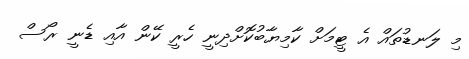
މި ލަނޑުތައް އެ ޓީމަށް ކާމިޔާބުކޮށްދިނީ ހެރީ ކޭން އާއި ޑެނީ ރޯސް